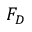
F _ { D }